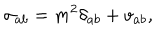
\sigma _ { a b } = m ^ { 2 } \delta _ { a b } + v _ { a b } ,